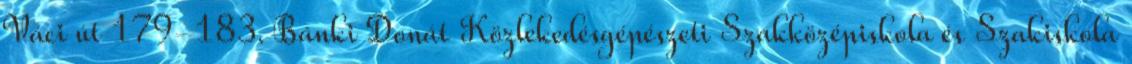
Váci út 179-183. Bánki Donát Közlekedésgépészeti Szakközépiskola és Szakiskola